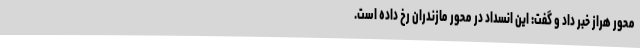
محور هراز خبر داد و گفت: این انسداد در محور مازندران رخ داده است.